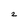
Character: 2